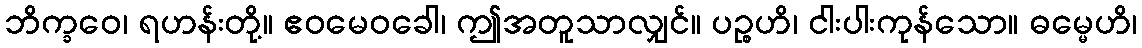
ဘိက္ခဝေ၊ ရဟန်းတို့။ ဧဝမေဝခေါ၊ ဤအတူသာလျှင်။ ပဉ္စဟိ၊ ငါးပါးကုန်သော။ ဓမ္မေဟိ၊